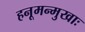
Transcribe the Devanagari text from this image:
हनूमन्मुखाः